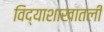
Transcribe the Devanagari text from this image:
विद्याशाखातली